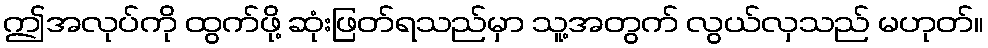
ဤအလုပ်ကို ထွက်ဖို့ ဆုံးဖြတ်ရသည်မှာ သူ့အတွက် လွယ်လှသည် မဟုတ်။